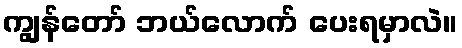
ကျွန်တော် ဘယ်လောက် ပေးရမှာလဲ။